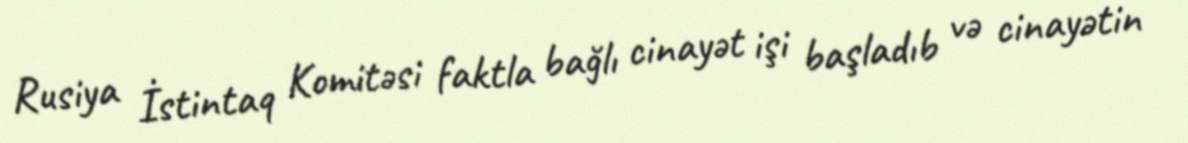
Rusiya İstintaq Komitəsi faktla bağlı cinayət işi başladıb və cinayətin